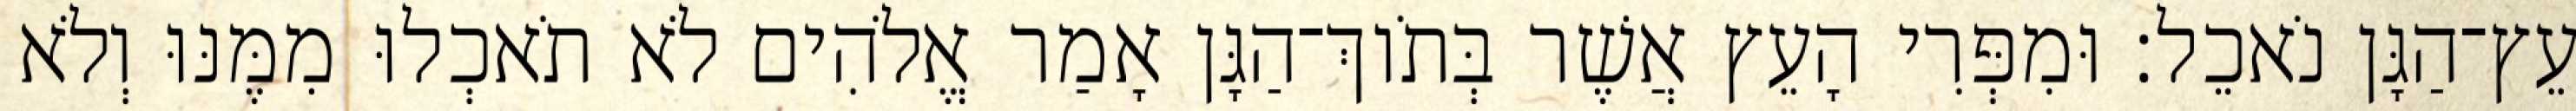
עֵץ־הַגָּן נֹאכֵל׃ וּמִפְּרִי הָעֵץ אֲשֶׁר בְּתֹוךְ־הַגָּן אָמַר אֱלֹהִים לֹא תֹאכְלוּ מִמֶּנּוּ וְלֹא